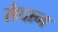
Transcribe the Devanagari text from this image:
सेदान